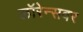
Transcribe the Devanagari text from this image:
लॉरेन्सवर